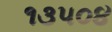
૧૩૫૦૪